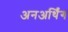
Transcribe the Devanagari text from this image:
अनअर्थिंग